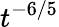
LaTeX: t^{-6/5}